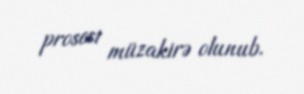
prosesi müzakirə olunub.